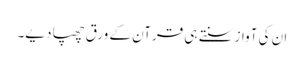
ان کی آواز سنتے ہی قرآن کے ورق چھپا دیے۔